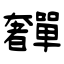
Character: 奲